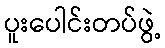
ပူးပေါင်းတပ်ဖွဲ့